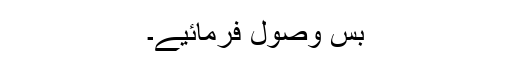
بس وصول فرمائیے۔